Lunatic asylums Central Provinces reports 1895-1909 - 1895-1909
Year: 1895
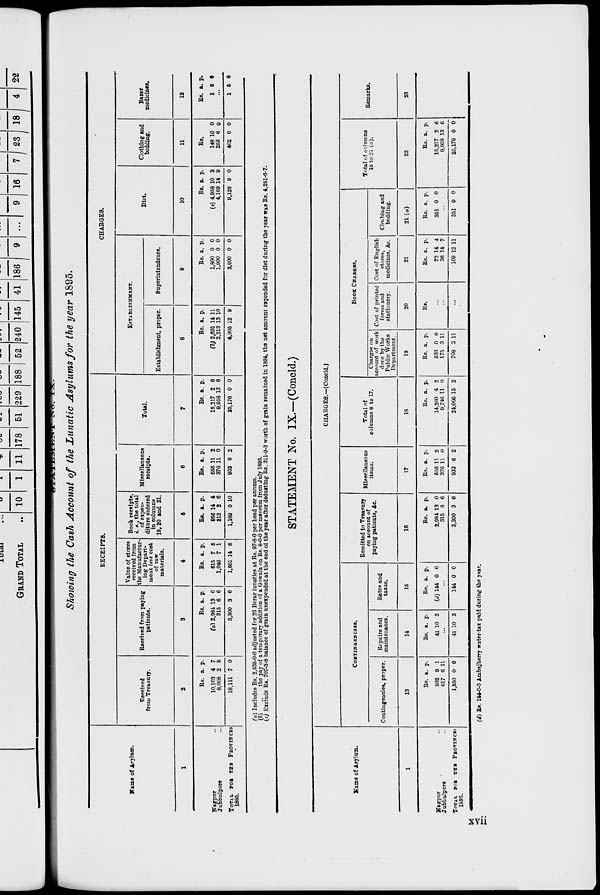
STATEMENT No. IX.
Showing the Cash Account of the Lunatic Asylums for the year 1895.
Name of Asylum.
1
Nagpur ...
Jubbulpore ...
TOTAL FOR THE PROVINCES
1895.
RECEIPTS.
Received
from Treasury.
2
Rs.
10,103
8,008
18,111
a.
4
2
7
p.
7
5
0
Received from paying
patients.
3
Rs.
(a) 2,984
315
3,300
a.
13
6
3
p.
0
6
6
Value of stores
received from
the Manufactur-
ing Depart-
ment less cost
of raw
materials.
4
Rs.
615
1,046
1,661
a.
7
7
14
p.
5
1
6
Book receipts,
i. e., the total
of expen-
diture entered
in columns
19, 20 and 21.
5
Rs.
956
212
1,169
a.
14
2
0
p.
4
6
10
Miscellaneous
receipts.
6
Rs.
556
376
933
a.
11
11
6
p.
2
0
2
Total.
7
Rs.
15,217
9,958
25,176
a.
2
13
0
p.
6
6
0
CHARGES.
ESTABLISHMENT.
Establishment, proper.
8
Rs.
(b) 2,691
2,213
4,905
a.
14
13
12
p.
11
10
9
Superintendence.
9
Rs.
1,800
1,800
3,600
a.
0
0
0
p.
0
0
0
Diet.
10
Rs.
(c) 4,958
4,169
9,128
a.
10
14
9
p.
3
9
0
Clothing and
bedding.
11
Rs.
148
253
402
a.
10
6
0
p.
0
0
0
Bazar
medicines.
12
Rs.
1
a.
5
p.
6
...
1 5 6
(a) Includes Rs. 2,535-0-0 adjusted for 26 Berar lunatics at Rs. 97-8-0 per head per annum.
(b)
„
the pay of a temporary addition of a Gowala on Rs. 8-0-0 per mensem from July 1895.
(c) Exclude Rs. 707-3-8 balance of grain unexpended at the end of the year after deducting Rs. 311-9-3 worth of grain remained in 1894, the net amount expended for diet during the year was Rs. 4,251-6-7.
Name of Asylum.
1
Nagpur
Jubbulpore
TOTAL FOR THE PROVINCES
1895.
STATEMENT No. IX.—(Concld.)
CHARGES.—(Concld.)
CONTINGENCIES.
Contingencies, proper.
13
Rs.
932
617
1,550
a.
9
6
0
p.
1
11
0
Repairs and
maintenance.
14
Rs.
41
a.
10
p.
3
...
41 10 3
Rates and
taxes.
15
Rs.
(d)144
a.
0
p.
0
...
144 0 0
Remitted to Treasury
on account of
paying patients, &c.
16
Rs.
2,984
315
3,300
a.
13
6
3
p.
0
6
6
Miscellaneous
items.
17
Rs.
556
376
933
a.
11
11
6
p.
2
0
2
Total of
columns 8 to 17.
18
Rs.
14,260
9,746
24,006
a.
4
11
15
p.
2
0
2
BOOK CHARGES.
Charges on
account of work
done by the
Public Works
Department.
19
Rs.
533
175
708
a.
0
3
3
p.
0
11
11
Cost of printed
forms and
stationery.
20
Rs.
...
...
...
Cost of English
stores,
medicines, &c.
21
Rs.
72
36
109
a.
14
14
12
p.
4
7
11
Clothing and
bedding.
21(a)
Rs.
351
a.
0
p.
0
...
351 0 0
Total of columns
18 to 21 (a).
22
Rs.
15,217
9,958
25,176
a.
2
13
0
p.
6
6
0
Remarks.
23
(d) Rs. 144-0-0 Ambajherry water-tax paid during the year.
xvii